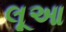
લૂઆ